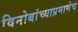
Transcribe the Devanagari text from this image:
विनोबांच्याप्रमाणेच